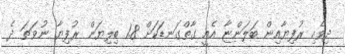
ދިވެހި ރުފިޔާއިން ބަލަންޏާ އެއީ ގާތްގަނޑަކަށް 1.8 ބިލިޔަން ރުފިޔާ ނުވަތަ ދެ